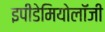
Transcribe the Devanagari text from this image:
इपीडेमियोलॉजी